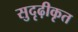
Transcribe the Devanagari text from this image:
सुदृढ़ीकृत